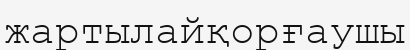
жартылайқорғаушы